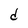
Character: d